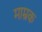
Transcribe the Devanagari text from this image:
माम्रक